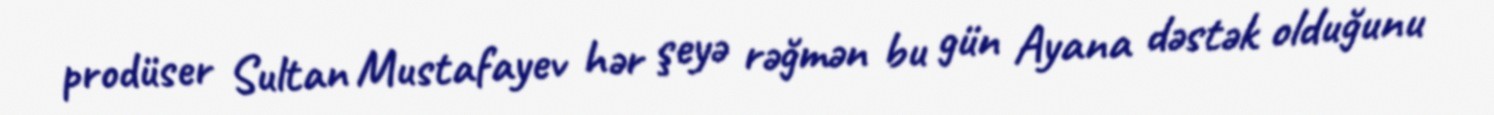
prodüser Sultan Mustafayev hər şeyə rəğmən bu gün Ayana dəstək olduğunu